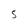
Character: 5